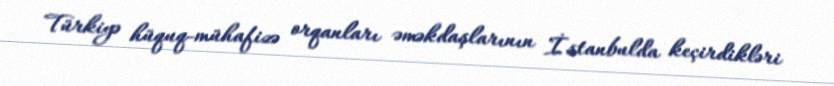
Türkiyə hüquq-mühafizə orqanları əməkdaşlarının İstanbulda keçirdikləri